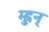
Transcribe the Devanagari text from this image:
म्ह्नुन्